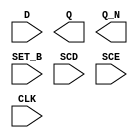
module sky130_fd_sc_hd__sdfsbp (
    //# {{data|Data Signals}}
    input  D    ,
    output Q    ,
    output Q_N  ,

    //# {{control|Control Signals}}
    input  SET_B,

    //# {{scanchain|Scan Chain}}
    input  SCD  ,
    input  SCE  ,

    //# {{clocks|Clocking}}
    input  CLK
);

    // Voltage supply signals
    supply1 VPWR;
    supply0 VGND;
    supply1 VPB ;
    supply0 VNB ;

endmodule